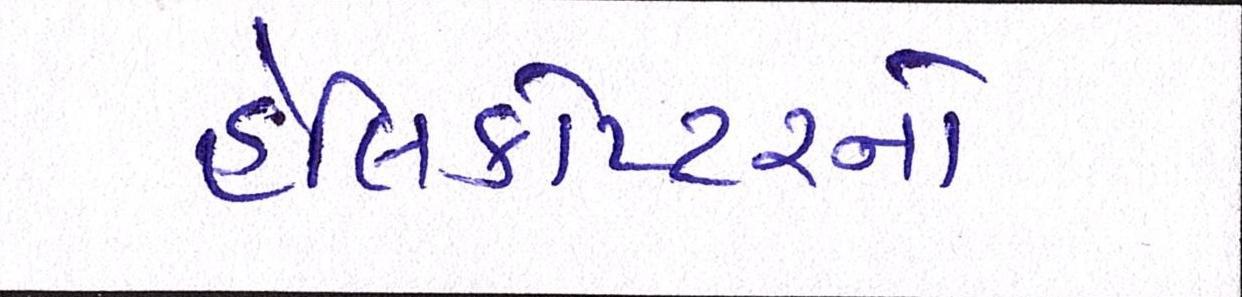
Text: હેલિકોપ્ટરનો